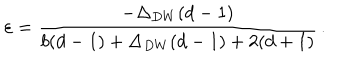
\varepsilon = { \frac { - \Delta _ { D W } ( d - 1 ) } { b ( d - 1 ) + \Delta _ { D W } ( d - 1 ) + 2 ( d + 1 ) } } \, .